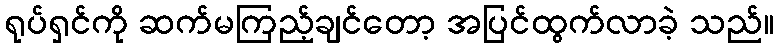
ရုပ်ရှင်ကို ဆက်မကြည့်ချင်တော့ အပြင်ထွက်လာခဲ့ သည်။